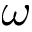
\omega